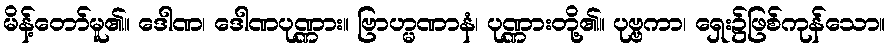
မိန့်တော်မူ၏။ ဒေါဏ၊ ဒေါဏပုဏ္ဏား။ ဗြာဟ္မဏာနံ၊ ပုဏ္ဏားတို့၏။ ပုဗ္ဗကာ၊ ရှေး၌ဖြစ်ကုန်သော။